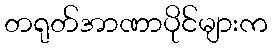
တရုတ်အာဏာပိုင်များက